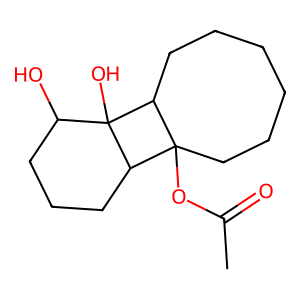
SMILES: CC(=O)OC12CCCCCCC1C1(O)C(O)CCCC21
Inhibits HIV replication: No